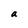
Character: a